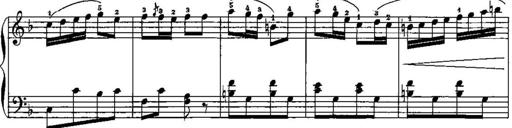
Title: Trois sonatines
Composer: Maurice Emmanuel